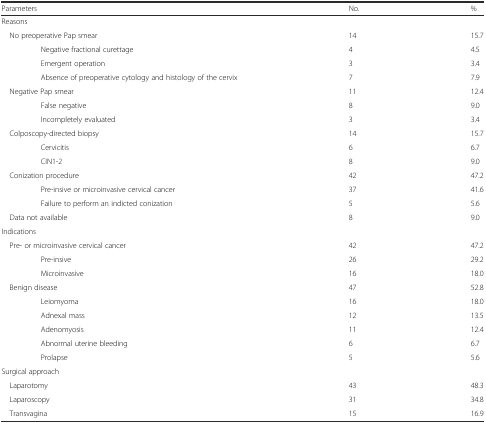
<table><thead><tr><td colspan="2"><b>Parameters</b></td><td><b>No.</b></td><td><b>%</b></td></tr></thead><tbody><tr><td colspan="4">Reasons</td></tr><tr><td colspan="2"> No preoperative Pap smear</td><td>14</td><td>15.7</td></tr><tr><td></td><td>Negative fractional curettage</td><td>4</td><td>4.5</td></tr><tr><td></td><td>Emergent operation</td><td>3</td><td>3.4</td></tr><tr><td></td><td>Absence of preoperative cytology and histology of the cervix</td><td>7</td><td>7.9</td></tr><tr><td colspan="2"> Negative Pap smear</td><td>11</td><td>12.4</td></tr><tr><td></td><td>False negative</td><td>8</td><td>9.0</td></tr><tr><td></td><td>Incompletely evaluated</td><td>3</td><td>3.4</td></tr><tr><td colspan="2"> Colposcopy-directed biopsy</td><td>14</td><td>15.7</td></tr><tr><td></td><td>Cervicitis</td><td>6</td><td>6.7</td></tr><tr><td></td><td>CIN1-2</td><td>8</td><td>9.0</td></tr><tr><td colspan="2"> Conization procedure</td><td>42</td><td>47.2</td></tr><tr><td></td><td>Pre-insive or microinvasive cervical cancer</td><td>37</td><td>41.6</td></tr><tr><td></td><td>Failure to perform an indicted conization</td><td>5</td><td>5.6</td></tr><tr><td colspan="2"> Data not available</td><td>8</td><td>9.0</td></tr><tr><td colspan="4">Indications</td></tr><tr><td colspan="2"> Pre- or microinvasive cervical cancer</td><td>42</td><td>47.2</td></tr><tr><td></td><td>Pre-insive</td><td>26</td><td>29.2</td></tr><tr><td></td><td>Microinvasive</td><td>16</td><td>18.0</td></tr><tr><td colspan="2"> Benign disease</td><td>47</td><td>52.8</td></tr><tr><td></td><td>Leiomyoma</td><td>16</td><td>18.0</td></tr><tr><td></td><td>Adnexal mass</td><td>12</td><td>13.5</td></tr><tr><td></td><td>Adenomyosis</td><td>11</td><td>12.4</td></tr><tr><td></td><td>Abnormal uterine bleeding</td><td>6</td><td>6.7</td></tr><tr><td></td><td>Prolapse</td><td>5</td><td>5.6</td></tr><tr><td colspan="4">Surgical approach</td></tr><tr><td colspan="2"> Laparotomy</td><td>43</td><td>48.3</td></tr><tr><td colspan="2"> Laparoscopy</td><td>31</td><td>34.8</td></tr><tr><td colspan="2"> Transvagina</td><td>15</td><td>16.9</td></tr></tbody></table>